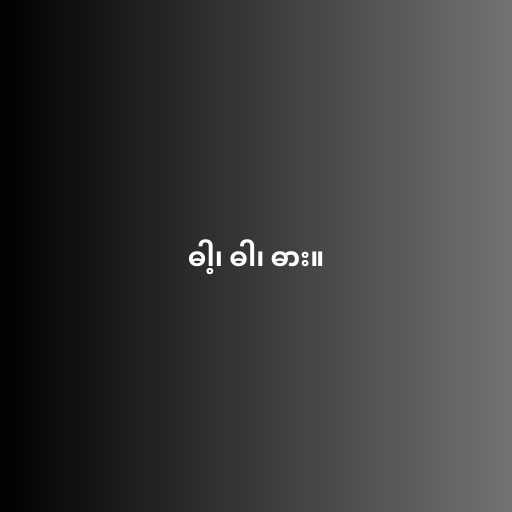
ဓါ့၊ ဓါ၊ ဓား။